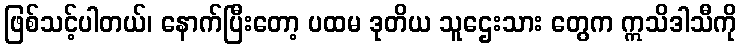
ဖြစ်သင့်ပါတယ်၊ နောက်ပြီးတော့ ပထမ ဒုတိယ သူဌေးသား တွေက ဣသိဒါသီကို